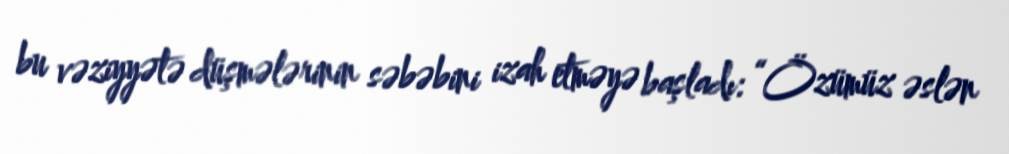
bu vəziyyətə düşmələrinin səbəbini izah etməyə başladı: “Özümüz əslən